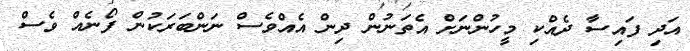
އަދި ފައިސާ ދެއްކި މީހުންނަށް އެތަނުން ދިން އެއްވެސް ނަންބަރަކުން ފޯނެއް ވެސް